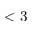
< 3